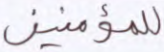
للمؤمنين